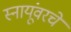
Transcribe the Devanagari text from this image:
स्नायूंवरचे